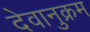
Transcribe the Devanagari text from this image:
देवानुक्रम